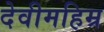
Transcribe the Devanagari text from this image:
देवीमहिम्र